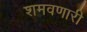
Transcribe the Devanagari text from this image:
शमवणारी